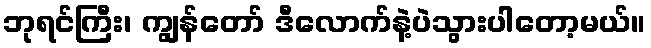
ဘုရင်ကြီး၊ ကျွန်တော် ဒီလောက်နဲ့ပဲသွားပါတော့မယ်။